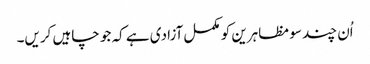
اُن چند سو مظاہرین کو مکمل آزادی ہے کہ جو چاہیں کریں۔